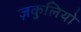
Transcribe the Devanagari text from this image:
ज़कुलियो